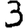
Digit: 3